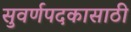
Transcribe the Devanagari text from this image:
सुवर्णपदकासाठी